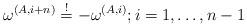
LaTeX: \begin{align*}\omega^{(A,i+n)}\overset{!}{=}-\omega^{(A,i)};i=1,\ldots,n-1\end{align*}